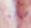
هاته